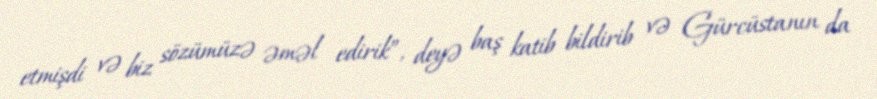
etmişdi və biz sözümüzə əməl edirik”, deyə baş katib bildirib və Gürcüstanın da